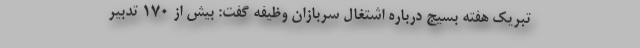
تبریک هفته بسیج درباره اشتغال سربازان وظیفه گفت: بیش از ۱۷۰ تدبیر